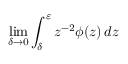
\operatorname* { l i m } _ { \delta \to 0 } \int _ { \delta } ^ { \varepsilon } z ^ { - 2 } \phi ( z ) \mathop { } \! { d { z } }